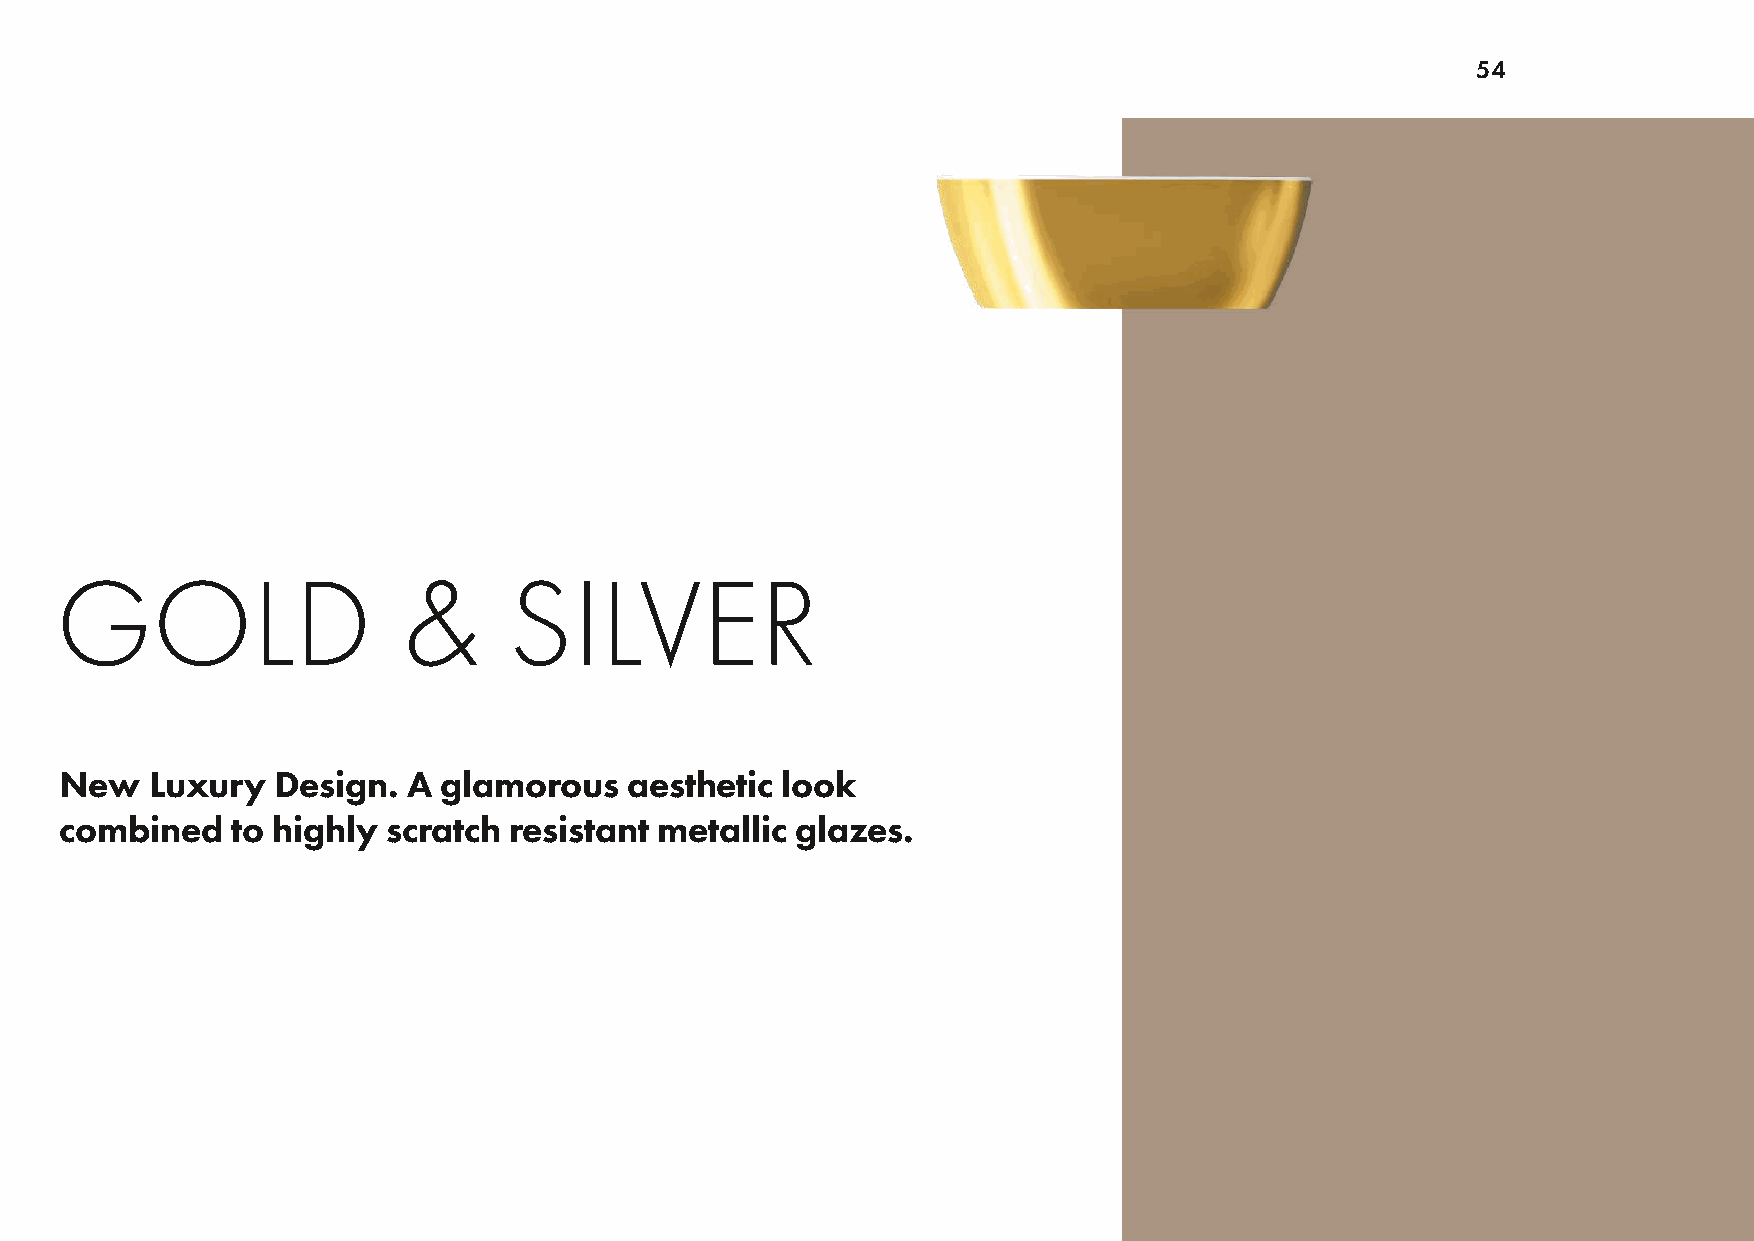
54
 GOLD                   &      SILVER
 New   Luxury  Design.  A glamorous    aesthetic look
 combined   to highly  scratch resistant metallic glazes.